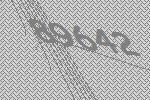
89642